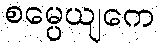
စမ္ပေယျကေ